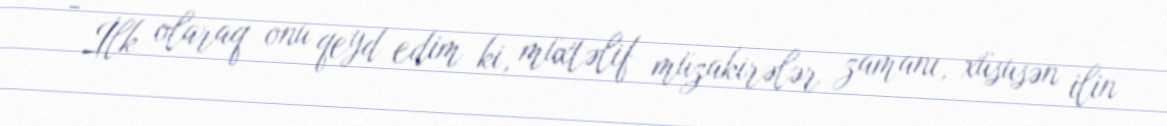
- İlk olaraq onu qeyd edim ki, müxtəlif müzakirələr zamanı, xüsusən ilin